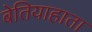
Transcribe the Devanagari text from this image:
बेतियाहाता